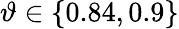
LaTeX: \vartheta\in\{ 0.84,0.9\}